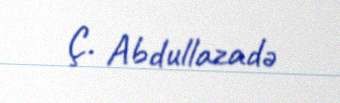
Ç. Abdullazadə